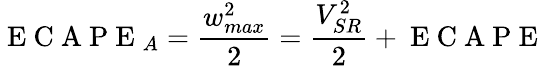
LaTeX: \mathrm{~E~C~A~P~E~}_{A}=\frac{w_{max}^{2}}{2}=\frac{V_{SR}^{2}}{2}+\mathrm{~E~C~A~P~E~}